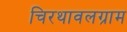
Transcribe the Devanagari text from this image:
चिरथावलग्राम